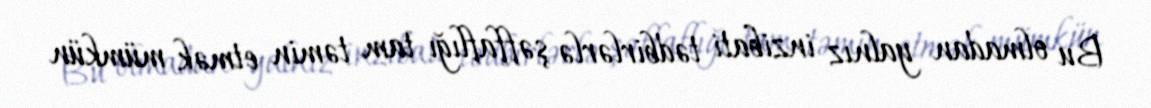
Bu olmadan yalnız inzibati tədbirlərlə şəffaflığı tam təmin etmək mümkün